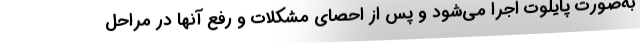
به‌صورت پایلوت اجرا می‌شود و پس از احصای مشکلات و رفع آنها در مراحل